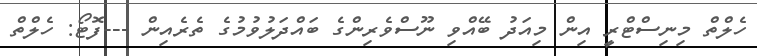
ހެލްތް މިނިސްޓްްރީ އިން މިއަދު ބޭއްވި ނޫސްވެރިންގެ ބައްދަލުވުމުގެ ތެރެއިން ---ފޮޓޯ: ހެލްތް